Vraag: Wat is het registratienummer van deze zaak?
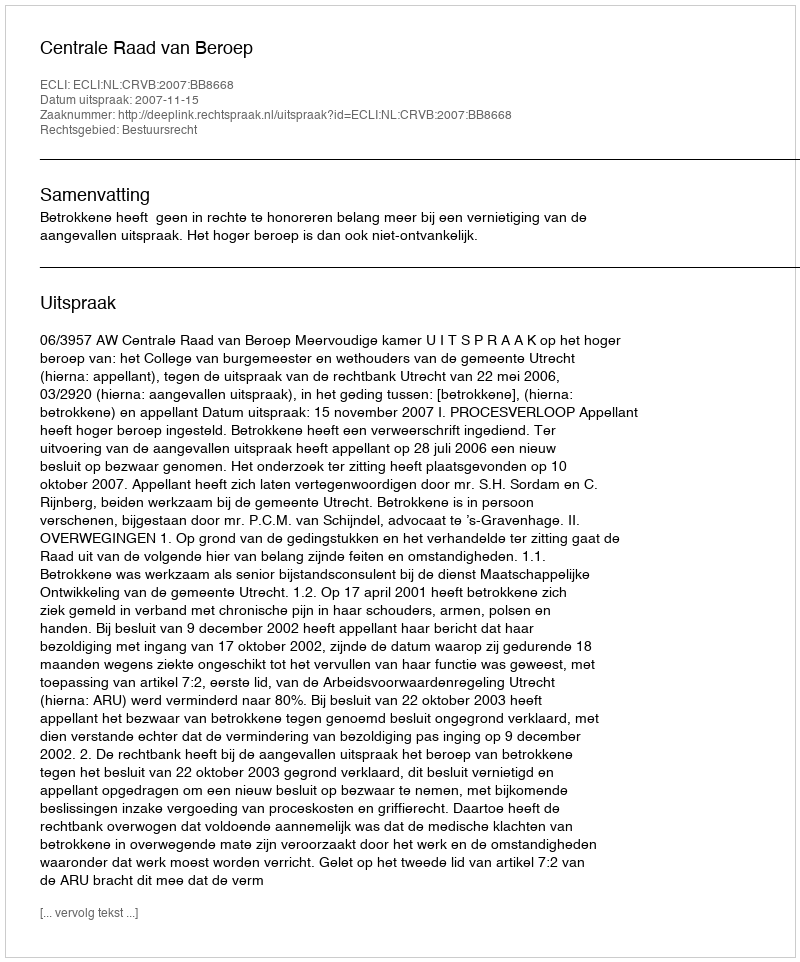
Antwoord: http://deeplink.rechtspraak.nl/uitspraak?id=ECLI:NL:CRVB:2007:BB8668